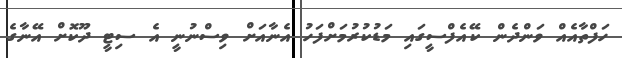
ހަފްތާއެއް ވަންދެން ކޭއެފްސީގައި މަޑުކުރުމަށްފަހު އެނާއަށް ވިސްނުނީ އެ ސިޓީ ދޫކޮށް އޭނާގެ